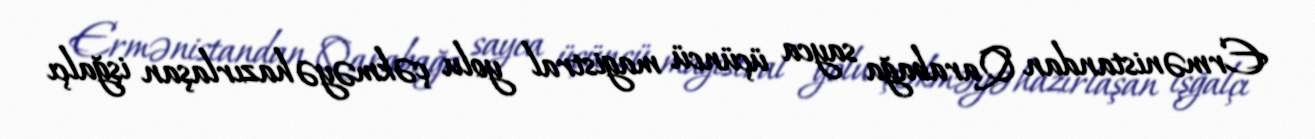
Ermənistandan Qarabağa sayca üçüncü magistral yolu çəkməyə hazırlaşan işğalçı